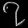
Digit: ၇